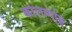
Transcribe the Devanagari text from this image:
कलिम्पोङ्ग